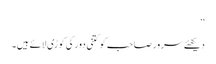
‘‘
دیکھئے سرور صاحب کو کتنی دور کی کوڑی لائے ہیں۔